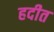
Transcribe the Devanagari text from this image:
हदीत